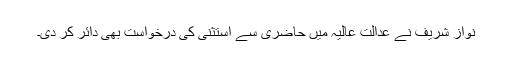
نواز شریف نے عدالت عالیہ میں حاضری سے استثنیٰ کی درخواست بھی دائر کر دی۔